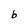
Character: b